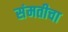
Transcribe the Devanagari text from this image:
संमतीचा